Leaving Certificate Examination, 1915
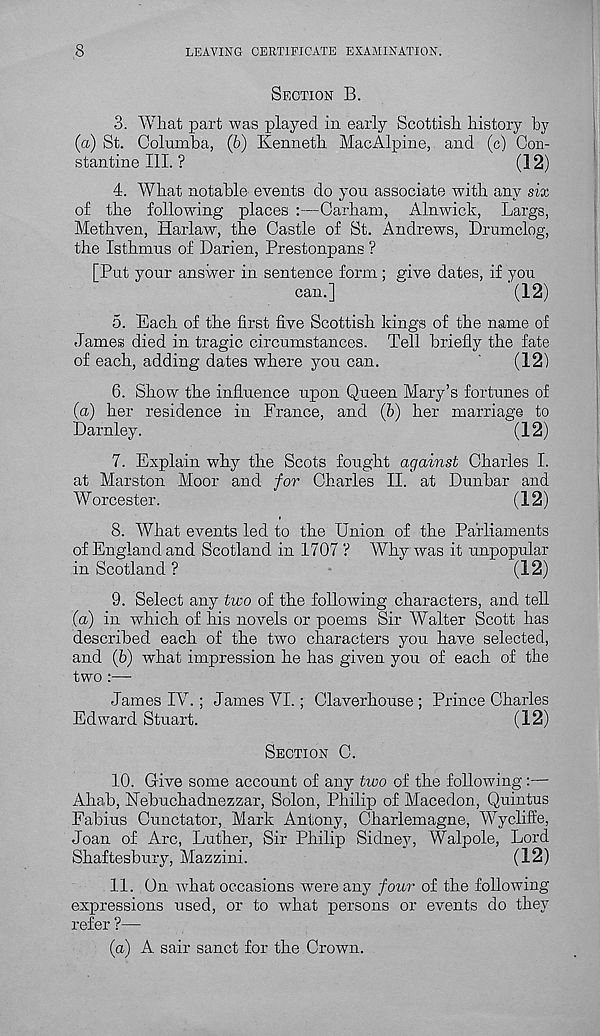
,8
LEAVING CERTIFICATE EXAMINATION.
SECTION B.
3. What part was played in early Scottish history by
(a) St. Columba, (6) Kenneth MacAlpine, and (c) Con-
stantine III. ?
(12)
4. What notable events do you associate with any six
of the following places :—Carham, Alnwick, Largs,
Methven, Harlaw, the Castle of St. Andrews, Drumclog,
the Isthmus of Darien, Prestonpans ?
["Put your answer in sentence form ; eive dates, if you
cam]
~
(12)
5. Each of the first five Scottish kings of the name of
James died in tragic circumstances. Tell briefly the fate
of each, adding dates where you can.
'
(12)
6. Show the influence upon Queen Mary’s fortunes of
(a) her residence in France, and (b) her marriage to
Darnley.
(12)
7. Explain why the Scots fought against Charles I.
at Marston Moor and for Charles II. at Dunbar and
Worcester.
(12)
8. What events led to the Union of the Parliaments
of England and Scotland in 1707 ? AYhy was it unpopular
in Scotland ?
(12)
9. Select any two of the following characters, and tell
(a) in which of his novels or poems Sir Walter Scott has
described each of the two characters you have selected,
and (6) what impression he has given you of each of the
two :—
James IV. ; James VI.; Claverhouse ; Prince Charles
Edward Stuart.
(12)
SECTION C.
10. Give some account of any two of the following:—
Ahab, Nebuchadnezzar, Solon, Philip of Macedon, Quintus
Fabius Cunctator, Mark Antony, Charlemagne, Wycliffe,
Joan of Arc, Luther, Sir Philip Sidneig Walpole, Lord
Shaftesbury, Mazzini.
(12)
11. On what occasions were any four of the following
expressions used, or to what persons or events do they
refer ?—
(a) A sair sanct for the Crown.